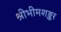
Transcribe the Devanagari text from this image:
श्रीभीमशङ्कर